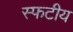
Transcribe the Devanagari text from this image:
स्फटीय